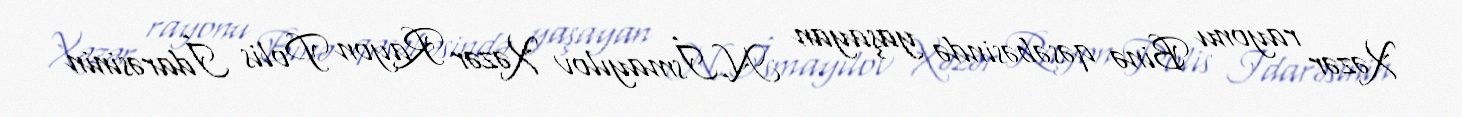
Xəzər rayonu Binə qəsəbəsində yaşayan N.İsmayılov Xəzər Rayon Polis İdarəsinin